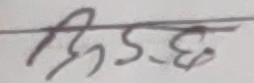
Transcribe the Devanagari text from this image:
भिड छ